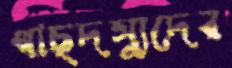
গাছদস্যুদের